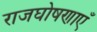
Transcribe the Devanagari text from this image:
राजघोषणाएँ